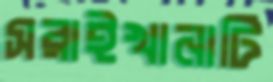
সরাইখানাটি